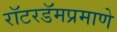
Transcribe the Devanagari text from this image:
रॉटरडॅमप्रमाणे